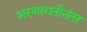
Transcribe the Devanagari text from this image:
शरणागतीनंतर